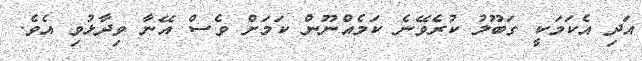
އަދި އެކަމަކީ ގަބޫލު ކުރެވޭނެ ކަމެއްނޫން ކަމަށް ވެސް އޭނާ ވިދާޅުވި އެވެ.